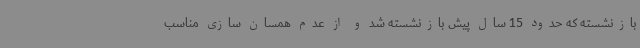
بازنشسته که حدود 15 سال پیش بازنشسته شد و از عدم همسان سازی مناسب